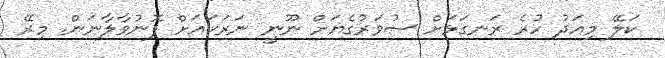
ކަލޭ މިއަދު ހުރެ ރަނގަޅަށް ސުވަރުގެޔަށް ނޫނީ ނަރަކައަށް ފޮނުވާލާނަން. މިރޭ